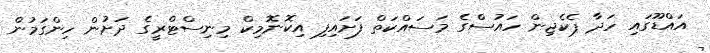
އައްޑޫގައި ހަދާ ޕެކެޖިން ހައުސްގެ މަސައްކަތް ފަށައިފި އިކޮނޮމިކް މިނިސްޓްރީގެ ދަށުން ހިންގަމުން